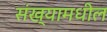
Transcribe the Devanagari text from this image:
संख्यामधील